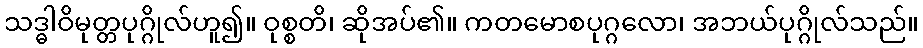
သဒ္ဓါဝိမုတ္တပုဂ္ဂိုလ်ဟူ၍။ ဝုစ္စတိ၊ ဆိုအပ်၏။ ကတမောစပုဂ္ဂလော၊ အဘယ်ပုဂ္ဂိုလ်သည်။